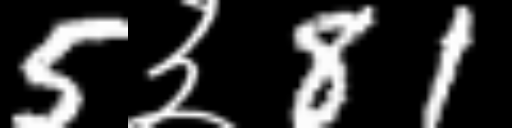
Text: 5३81